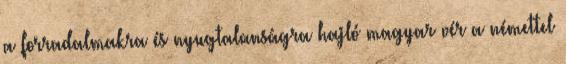
a forradalmakra és nyugtalanságra hajló magyar vér a némettel